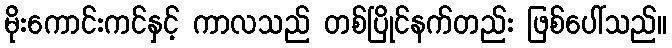
မိုးကောင်းကင်နှင့် ကာလသည် တစ်ပြိုင်နက်တည်း ဖြစ်ပေါ်သည်။